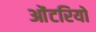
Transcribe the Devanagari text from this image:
ओंटरियो